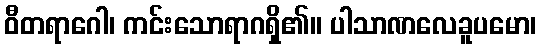
ဝီတရာဂေါ၊ ကင်းသောရာဂရှိ၏။ ပါသာဏလေခူပမော၊